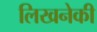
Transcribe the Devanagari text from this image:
लिखनेकी